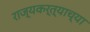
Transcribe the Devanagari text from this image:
राज्यकर्त्याच्या